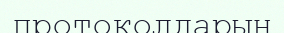
протоколдарын